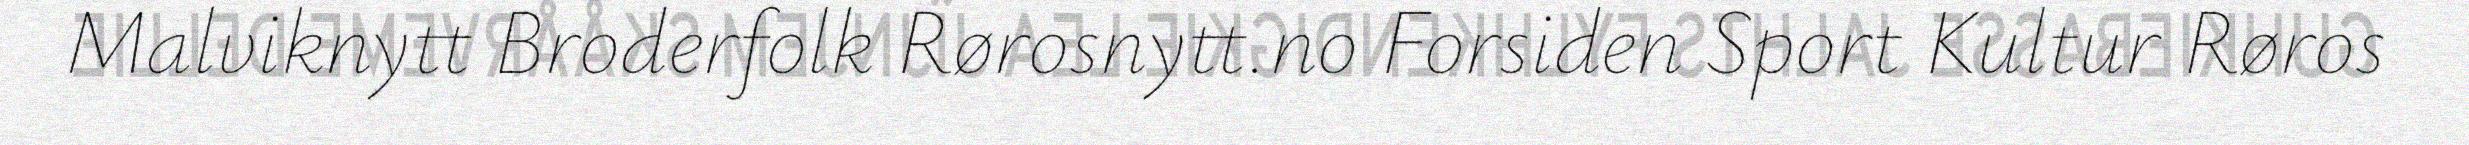
Malviknytt Broderfolk Rørosnytt.no Forsiden Sport Kultur Røros